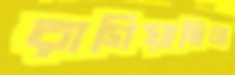
রাগিয়াছিল